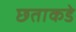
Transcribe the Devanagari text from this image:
छताकडे